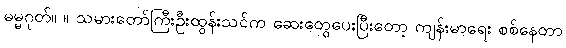
ဓမ္မဂုတ်။ ။ သမားတော်ကြီးဦးထွန်းသင်က ဆေးတွေပေးပြီးတော့ ကျန်းမာရေး စစ်နေတာ